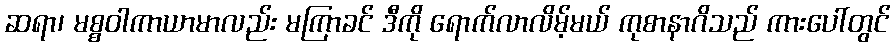
ဆရာ၊ မစ္စဝါကာယာမာလည်း မကြာခင် ဒီကို ရောက်လာလိမ့်မယ် ကုစာနာဂိသည် ကားပေါ်တွင်